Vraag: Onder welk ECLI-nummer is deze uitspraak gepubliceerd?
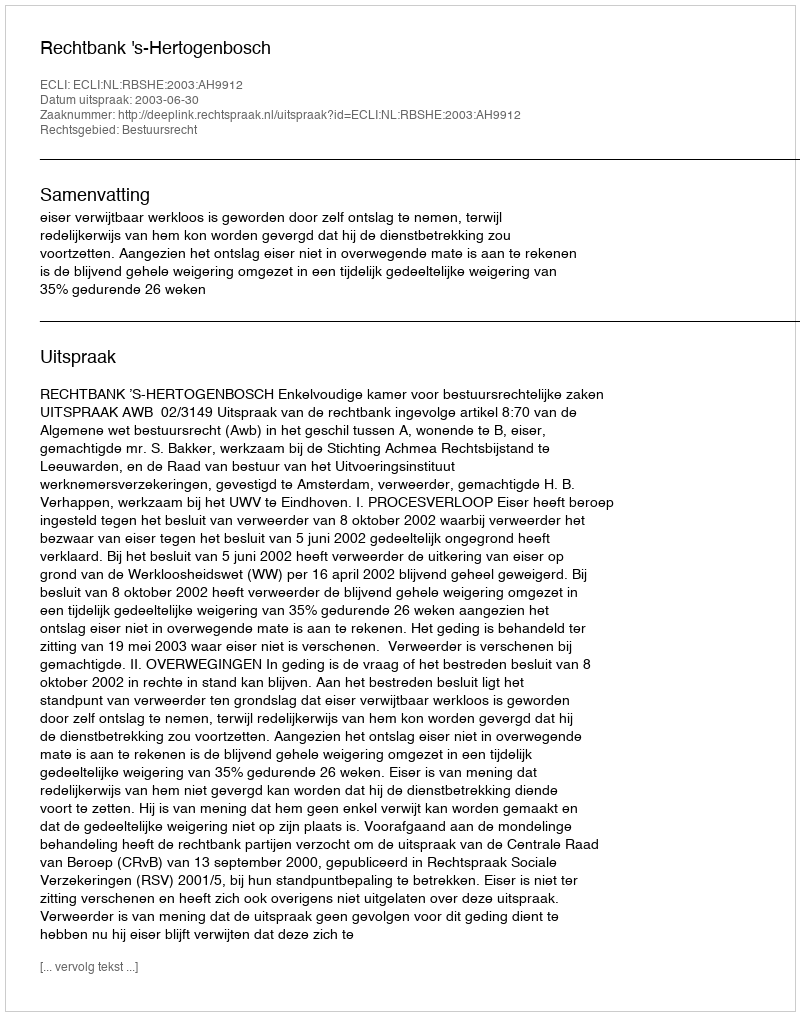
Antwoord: ECLI:NL:RBSHE:2003:AH9912